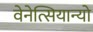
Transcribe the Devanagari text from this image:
वेनेत्सियान्यो